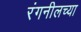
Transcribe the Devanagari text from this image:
रंगनीलच्या